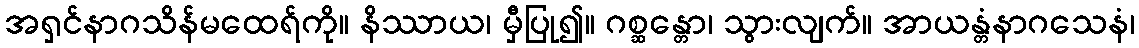
အရှင်နာဂသိန်မထေရ်ကို။ နိဿာယ၊ မှီပြု၍။ ဂစ္ဆန္တော၊ သွားလျက်။ အာယန္တံနာဂသေနံ၊